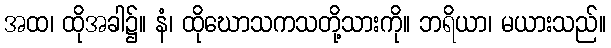
အထ၊ ထိုအခါ၌။ နံ၊ ထိုဃောသကသတို့သားကို။ ဘရိယာ၊ မယားသည်။